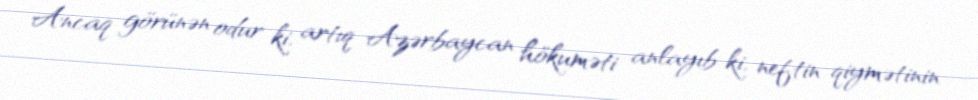
Ancaq görünən odur ki, artıq Azərbaycan hökuməti anlayıb ki, neftin qiymətinin